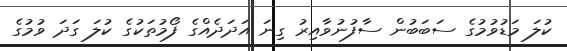
ކުލަ މަޑުވުމުގެ ސަބަބުން ސާފުނުވާއިރު ގިނަ އަދަދެއްގެ ފޯމުތަކުގެ ކުލަ ގަދަ ވުމުގެ